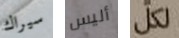
سيراك أليس لكل